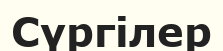
Сүргілер